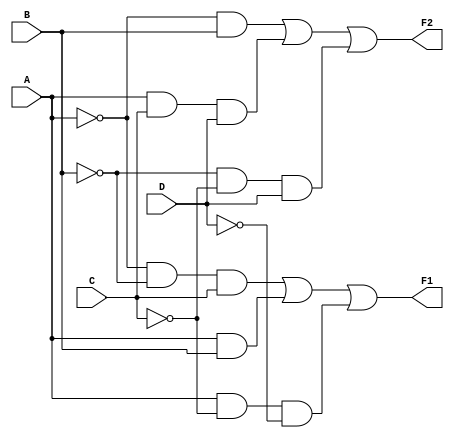
module combinational_logic (
    input wire A,
    input wire B,
    input wire C,
    input wire D,
    output wire F1,
    output wire F2
);

// Internal signals for intermediate calculations
wire A_not = ~A;
wire B_not = ~B;
wire C_not = ~C;
wire D_not = ~D;

// Logic for F1 using minimized expression
assign F1 = (A_not & B_not & C) | (A & B) | (A & C_not & D_not);

// Logic for F2 using minimized expression
assign F2 = (A_not & B) | (A & C & D) | (B_not & C_not & D);

// Testbench for verifying the combinational logic
endmodule